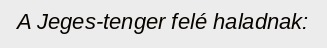
A Jeges-tenger felé haladnak: